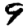
Digit: 9